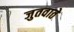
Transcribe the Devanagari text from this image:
जुतवाते